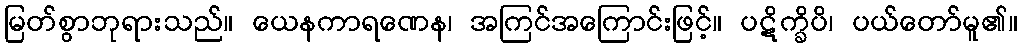
မြတ်စွာဘုရားသည်။ ယေနကာရဏေန၊ အကြင်အကြောင်းဖြင့်။ ပဋိက္ခိပိ၊ ပယ်တော်မူ၏။